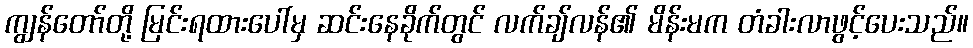
ကျွန်တော်တို့ မြင်းရထားပေါ်မှ ဆင်းနေခိုက်တွင် လက်ချ်လန်၏ မိန်းမက တံခါးလာဖွင့်ပေးသည်။